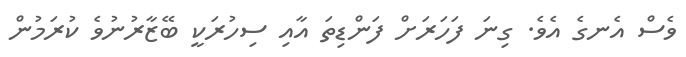
ވެސް އެނގެ އެވެ. ގިނަ ފަހަރަށް ފަންޑިތަ އާއި ސިހުރަކީ ބޭޒާރުނުވެ ކުރަމުން